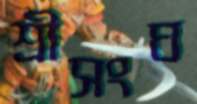
শ্রীসংঘ